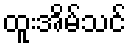
ထူးအိမ်သင်